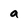
Character: a